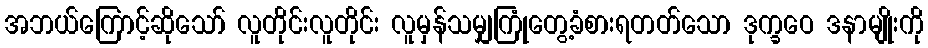
အဘယ်ကြောင့်ဆိုသော် လူတိုင်းလူတိုင်း လူမှန်သမျှကြုံတွေ့ခံစားရတတ်သော ဒုက္ခဝေ ဒနာမျိုးကို